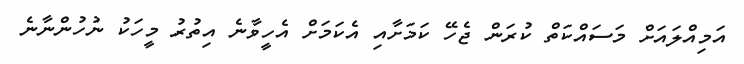
އަމިއްލައަށް މަސައްކަތް ކުރަން ޖެހޭ ކަމަށާއި އެކަމަށް އެހީވާނެ އިތުރު މީހަކު ނުހުންނާނެ